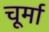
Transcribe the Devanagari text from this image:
चूर्मा